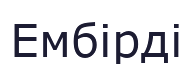
Ембірді